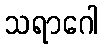
သရာဂေါ